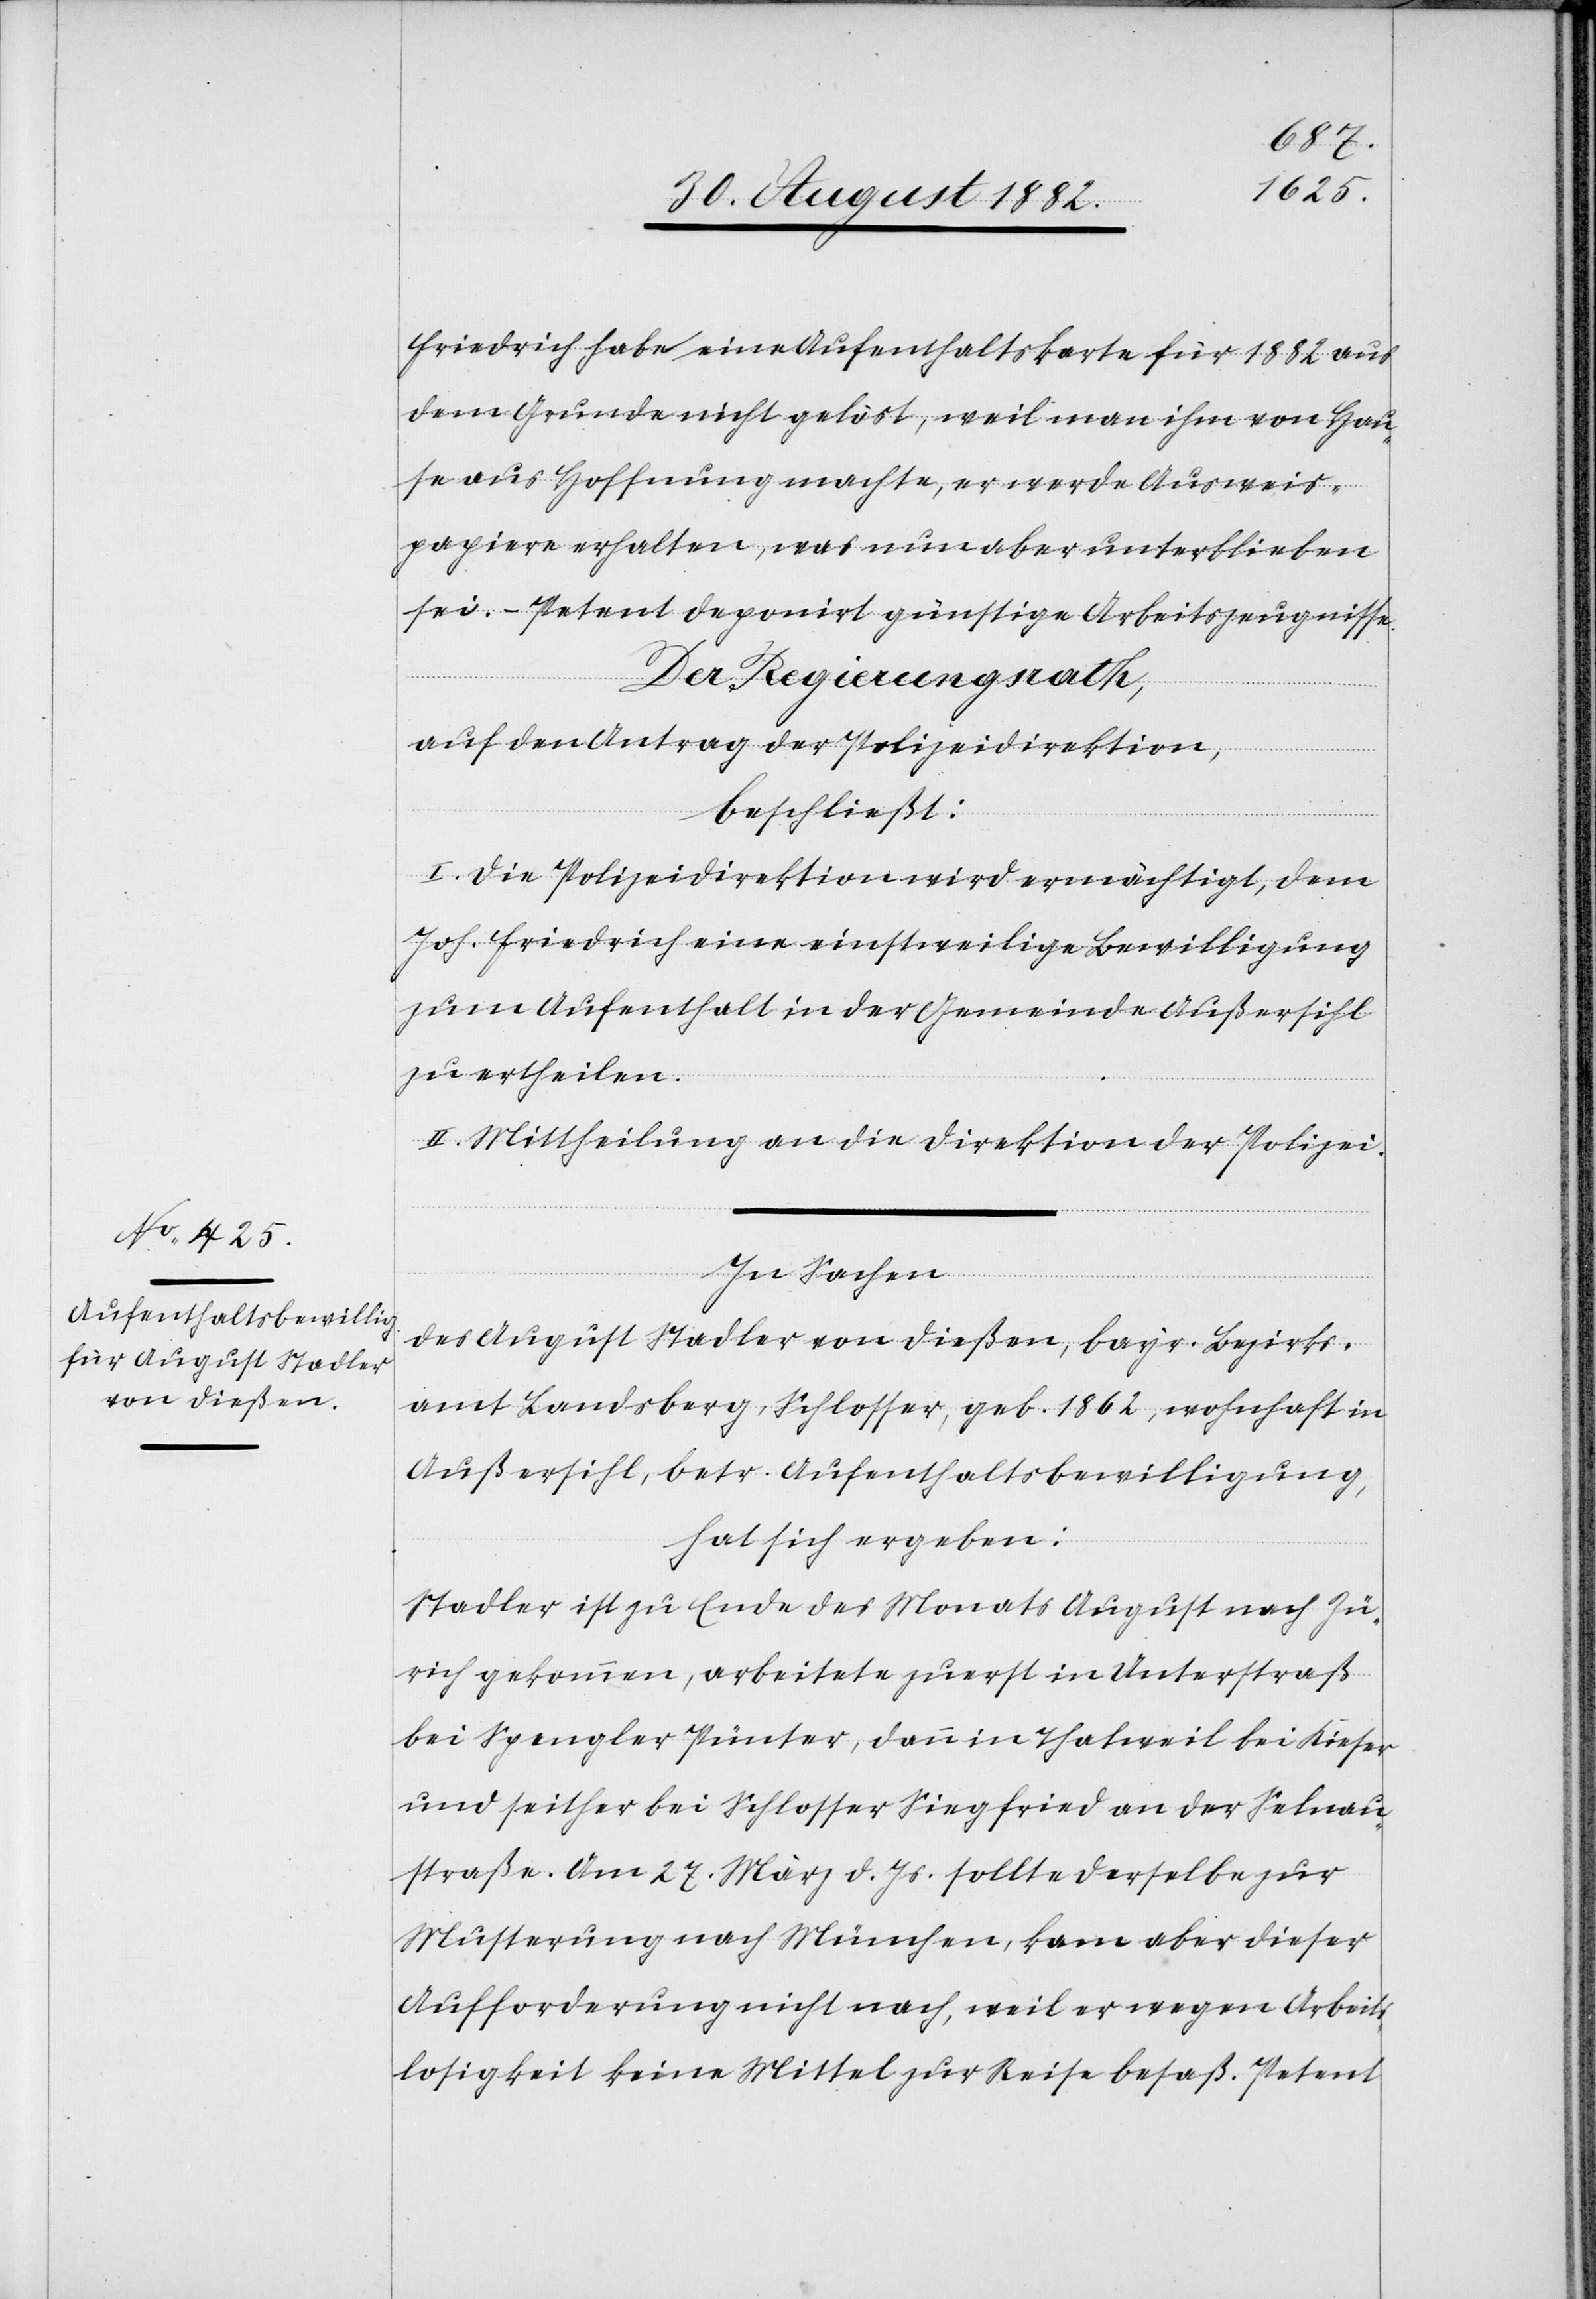
Friedrich habe eine Aufenthaltskarte für 1882 aus
dem Grunde nicht gelöst, weil man ihm von Hau¬
se aus Hoffnung machte, er werde Ausweis¬
papiere erhalten, was nun aber unterblieben
sei. – Petent deponirt günstige Arbeitszeugnisse.
Der Regierungsrath,
auf den Antrag der Polizeidirektion,
beschließt:
I. Die Polizeidirektion wird ermächtigt, dem
Joh. Friedrich eine einstweilige Bewilligung
zum Aufenthalt in der Gemeinde Außersihl
zu ertheilen.
II. Mittheilung an die Direktion der Polizei.
In Sachen
des August Stadler von Dießen, bayer. Bezirks¬
amt Landsberg, Schlosser, geb. 1862, wohnhaft in
Außersihl, betr. Aufenthaltsbewilligung,
hat sich ergeben:
Stadler ist zu Ende des Monats August nach Zü¬
rich gekommen, arbeitete zuerst in Unterstraß
bei Spengler Pünter, dann in Thalweil bei Kieser
und seither bei Schlosser Siegfried an der Selnau¬
straße. Am 27. März d. Js. sollte derselbe zur
Musterung nach München, kam aber dieser
Aufforderung nicht nach, weil er wegen Arbeits¬
losigkeit keine Mittel zur Reise besaß. Petent